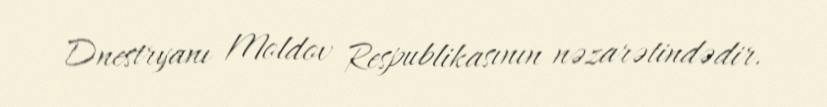
Dnestryanı Moldov Respublikasının nəzarətindədir.